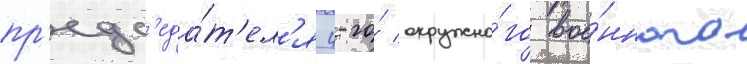
пр'едс'еда́т'ел'я 4-го́ окружно́го вое́нного